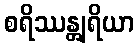
စရိဿန္တျရိယာ